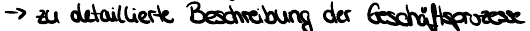
-> zu detaillierte Beschreibung der Geschäftsprozesse